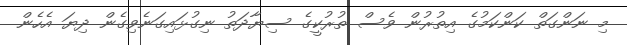
މި ނަންގަތް ކަންކަމުގެ އިތުރުން ވެސް ތުރުކީގެ ސިޔާދަތު ނިގުޅައިގަނެވިގެން ދިޔަ އެހެން